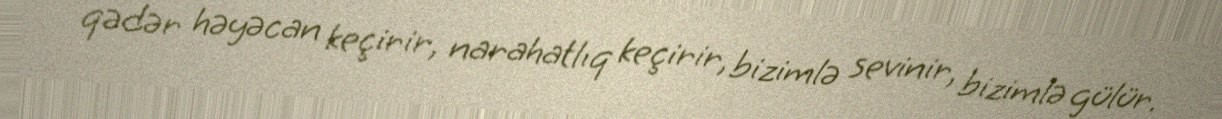
qədər həyəcan keçirir, narahatlıq keçirir, bizimlə sevinir, bizimlə gülür.